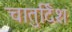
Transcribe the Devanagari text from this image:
चातुर्दिश